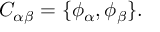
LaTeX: C _ { \alpha \beta } = \{ \phi _ { \alpha } , \phi _ { \beta } \} .